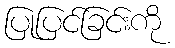
ပြုပြင်ခြင်းကို